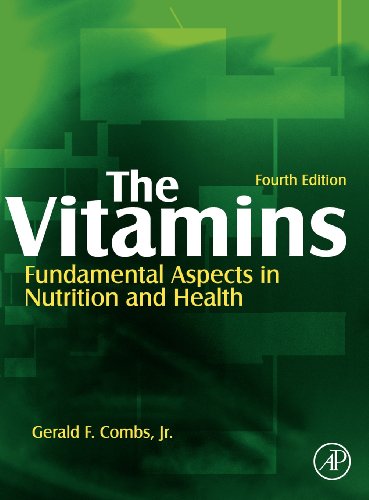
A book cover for The Vitamins, Fourth Edition; Gerald F. Combs  Jr.; Health, Fitness & Dieting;